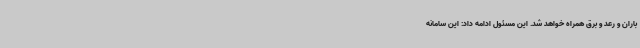
باران و رعد و برق همراه خواهد شد. این مسئول ادامه داد: این سامانه